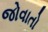
જોવાતો